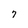
Character: 7